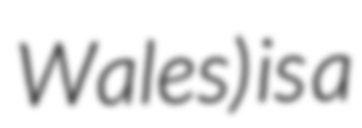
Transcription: Wales) is a